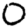
Digit: 0